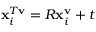
\mathbf { x } _ { i } ^ { T \mathbf { v } } = R \mathbf { x } _ { i } ^ { \mathbf { v } } + t